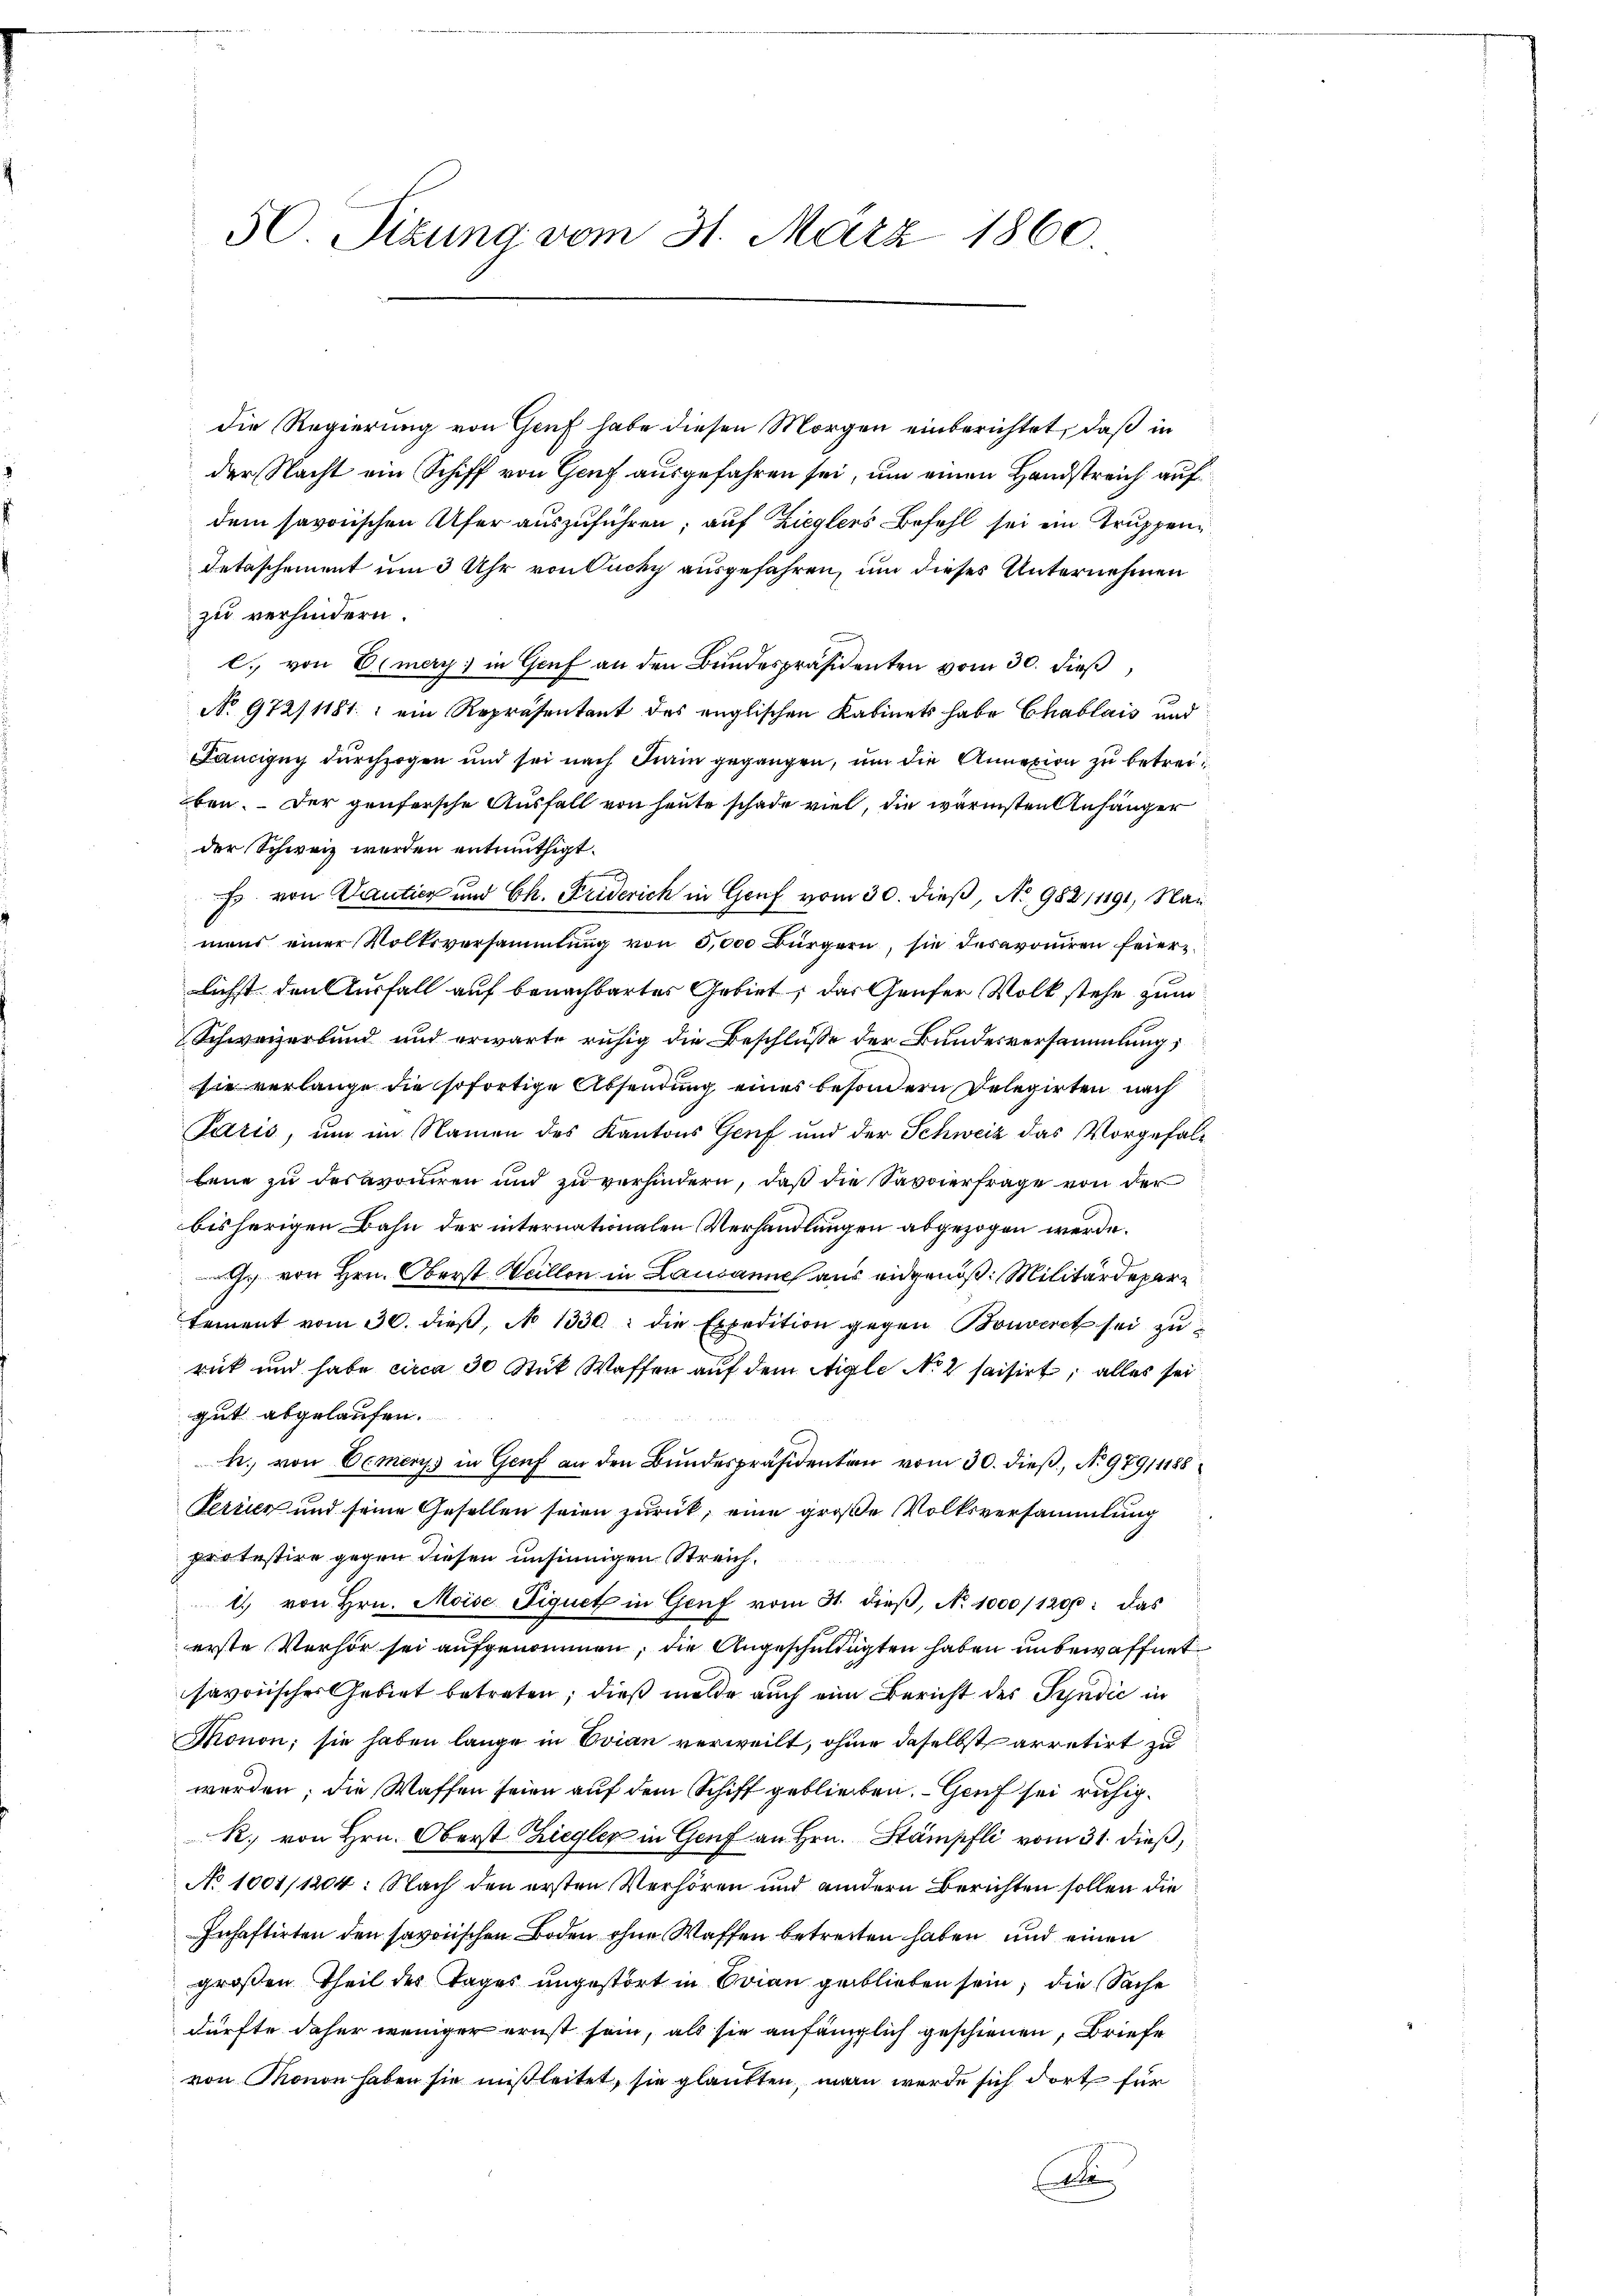
50. Sizung vom 31. März 1860.

zu verhindern.
l. von Emery) in Genf an den Bundespräsidenten vom 30. dieß
No 972/1181. ein Repräsentant des englischen Kabinets habe Chablais und
Fancipuy durchzogen und sei nach Fein gegangen, um die Annexion zu betreiben. Der genfersche Ausfall von heute schade viel, die wärmsten Anhänger
der Schweiz werden entmuthigt.
s von Dantien und Ch. Friderich in Genf vom 30. dieß, No 982/1191, Nau
mens einer Volksversammlung von 5,000 Bürgern, sie desavoṁiren feier-
lichst den Ausfall auf benachbartes Gebiet, das Genfer Volk stehe zum
Schweizerbund und erwarte ruhig die Beschlüsse der Bundesversammlung,
sie verlange die sofortige Absendung eines besondern Delegirten nach
Paris, um im Namen des Kantons Genf und der Schweiz das Vorgefalbene zu des avouiren und zu verhindern, daß die Savoerfrage von der
bisherigen Bahn der internationalen Verhandlungen abgezogen werde.
. von Hrn. Oberst Weillon in Lausanne aus eidgenöß: Militärdepartement vom 30. dieβ, No 1330. die Expedition gegen Bonveret sei zu
rick und habe circa 30 Stück Waffen auf dem Aigle No 2 saisirt; alles sei
gut abgelaufen.
h. von Cemerys in Genf an den Bundespräsidenten vom 30. dieß, No. 97911188
Terrien und seine Gesellen seien zurück, eine große Volksversammlung
pro testire gegen diesen unsinnigen Streichl. von Hrn. Moise Liquet in Genf vom 31. dieß, No 1000/1200. das
erste Verhör sei aufgenommen, die Angeschuldigten haben unbewaffnet
savoisches Gebiet betreten; dieß melde auch eine Bericht des Syndić in
Thonon; sie haben lange in Evian verweilt, ohne daselbst arretirt zu
werden; die Waffen seien auf dem Schiff geblieben. - Genf sei ruhig¬
R. von Hrn. Oberst Ziegler in Genf an Hrn. Stämpfli vom 31. dieß,
No 1001/1204: Nach den ersten Verhören und andern Berichten sollen die
Inhaftirten den savonischen Boden ohne Waffen betreiten haben und einen
großen Theil des Tages ungestört in Orian geblieben sein, die Sache
dürfte daher weniger ernst sein, als sie anfänglich geschienen, Briefe
von Monon haben sie mißleitet, sie glaubten, wann werde sich dort für
e

die Regierung von Genf habe diesen Morgen einberichtet, daß in
der Nacht ein Schiff von Genf ausgefahren sei, um einen Handstreich auf
dem savoischen Ufer auszuführen; auf Zieglers Befehl sei ein Truppenz
detaschement um 3 Uhr von Ouchy ausgefahren, um dieses Unternehmen